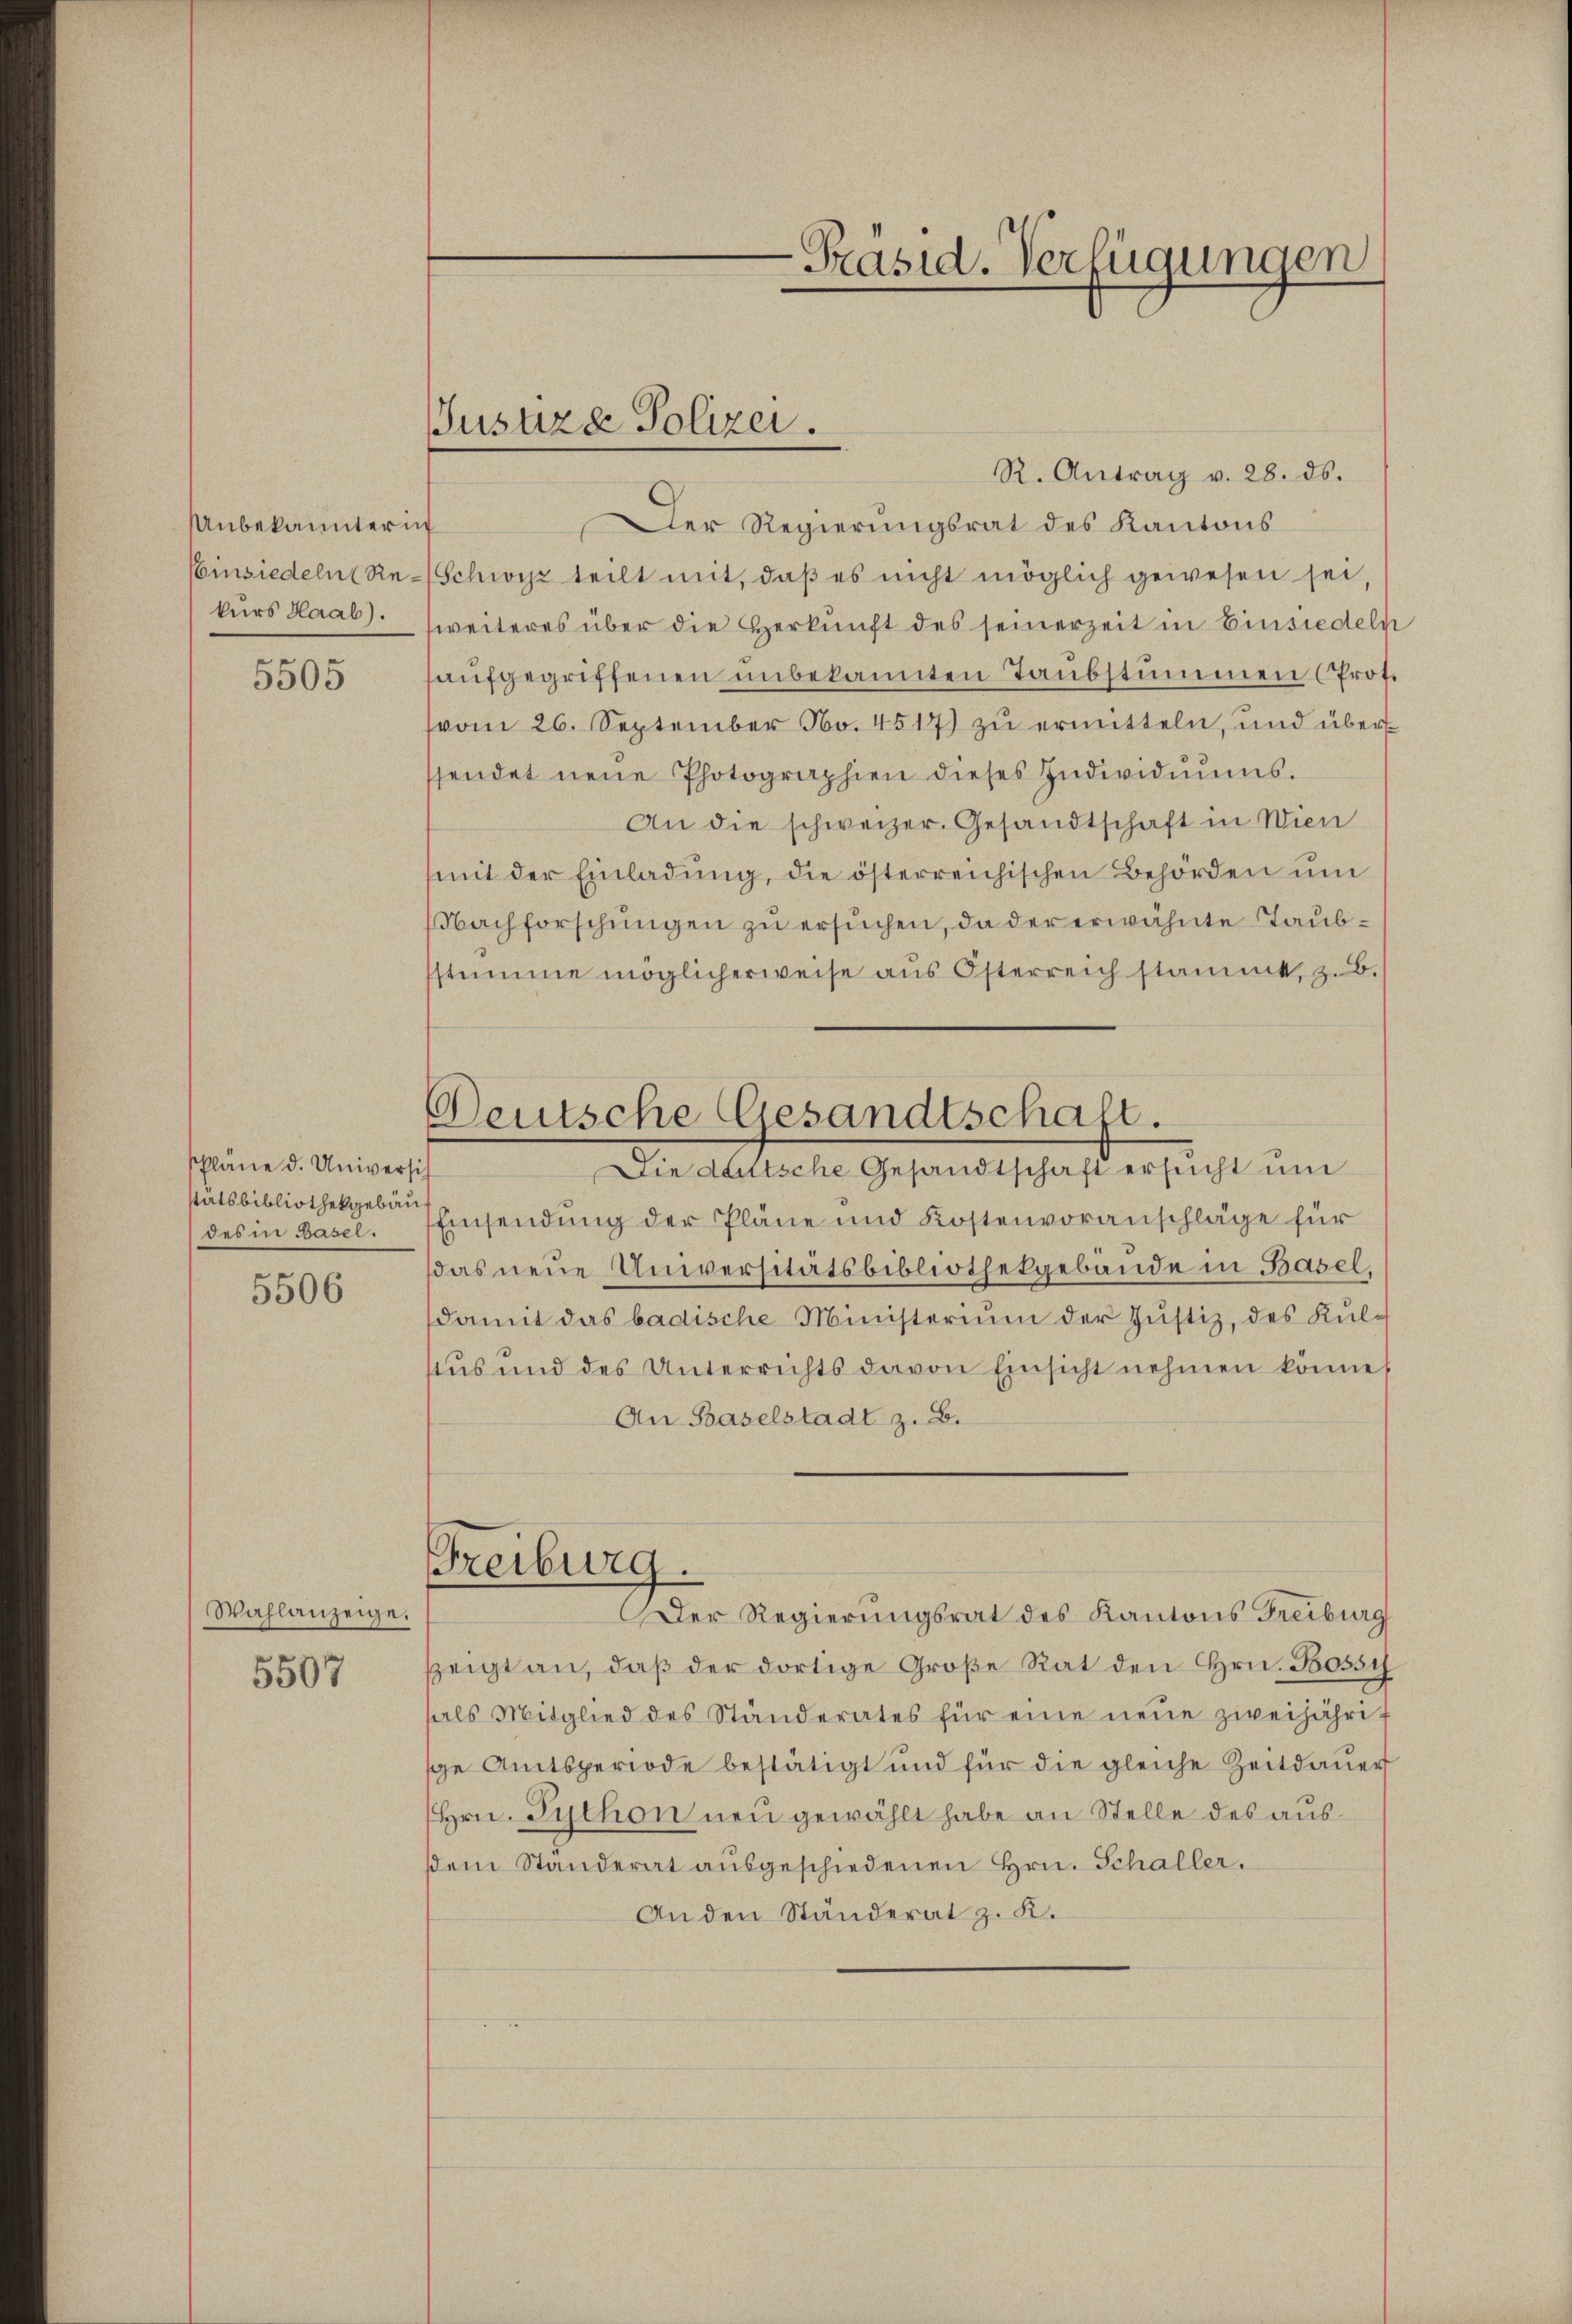
Unbekannterin
Einsiedelns Rekurs Haab).

5505

schläne d. Universich
stätsbibliothekgebäu
des in Basel.

5506

Wahlanzeige.

5507

Justiza Polizei.

Deutsche Gesandtschaft.

-Präsid. Verfügungen

R. Antrag v. 28. ds.
Der Regierungsrat des Kantons
Schwyz teilt mit, daß es nicht möglich gewesen sei,
weiteres über die Herkunft des seinerzeit in Einsiedeln
aŭfgegriffenen unbekannten Taubstummen (Prot.
vom 26. September No. 4517) zu ermitteln, und überssendet neue Photographien dieses Individŭŭms.
An die schweizer. Gesandtschaft in Wien
mit der Einladŭng, die österreichischen Behörden um
Nachforschungen zu ersuchen, da der erwähnte Taubstumme möglicherweise aŭs Österreich stammt, z.B.
Die Lattsche Gesandtschaft ersucht um
Einsendung der Pläne und Kostenvoranschläge für
das neue Universitätsbibliothekgebäŭde in Basel,
damit das badische Ministerium der Justiz, des Kultus und des Unterrichts davon Einsicht nehmen könne,
An Baselstadt z. B.
Freiburg.
Der Regierungsrat des Kantons Freiburg
zeigt an, daß der dortige Große Rat den Hrn. Bossi
hals Mitglied des Ständerates für eine neue zweijährige Amtsperiode bestätigt und für die gleiche Zeitdauer
Hrn. Puthon neu gewählt habe an Stelle des aus
sem Standerat ausgeschiedenen Hrn. Schaller.
An den Ständerat z. K.